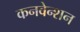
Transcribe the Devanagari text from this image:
कनवेन्शन